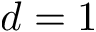
d = 1